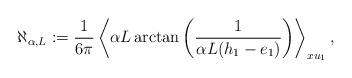
LaTeX: \begin{align*}\aleph_{\alpha,L} := \frac{1}{6 \pi } \left\langle\alpha L\arctan\left(\frac{1}{\alpha L (h_1 - e_1)}\right) \right\rangle_{x u_1}, \end{align*}